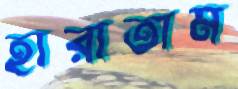
হারাতাম